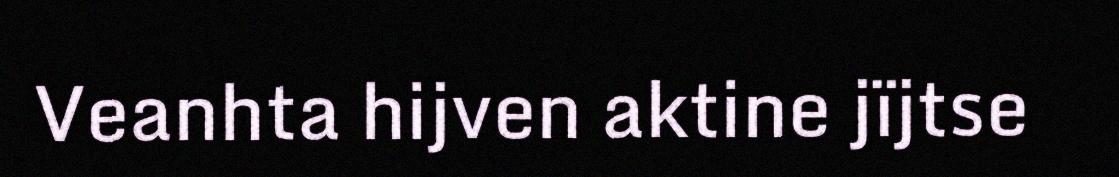
Veanhta hijven aktine jïjtse